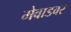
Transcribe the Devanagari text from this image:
मेवाडवर